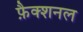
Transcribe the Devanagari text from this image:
फ़ैक्शनल